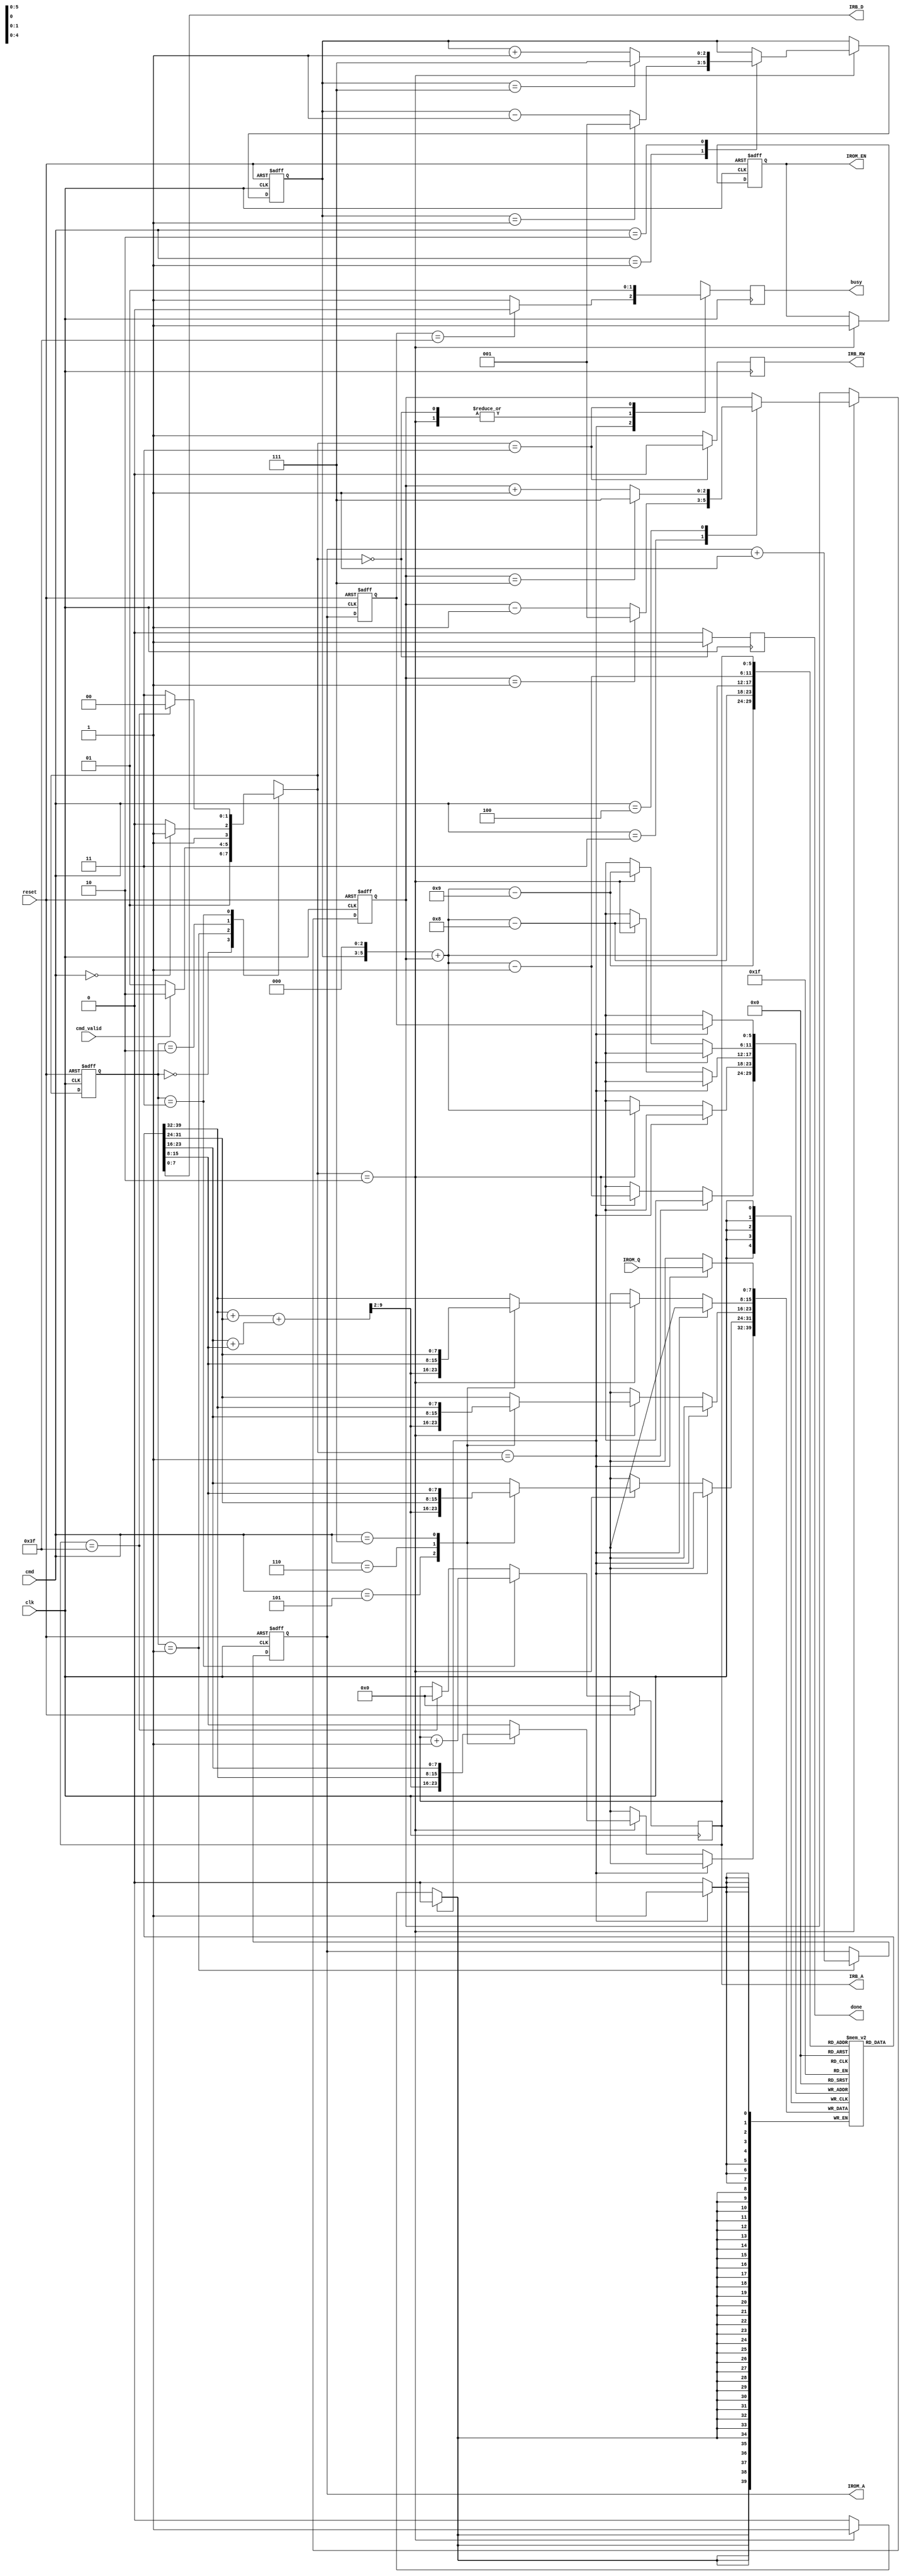
module LCD_CTRL(clk, reset, IROM_Q, cmd, cmd_valid, IROM_EN, IROM_A, IRB_RW, IRB_D, IRB_A, busy, done);
input clk;
input reset;
input [7:0] IROM_Q;
input [2:0] cmd;
input cmd_valid;
output reg IROM_EN;
output reg [5:0] IROM_A;
output reg IRB_RW;
output [7:0] IRB_D;
output reg[5:0] IRB_A;
output reg busy;
output reg done;

parameter finish=2'b00,
          load=2'b01,
          work=2'b10,
          write=2'b11;

reg [1:0] cur_st,nxt_st;
reg [7:0] buffer [63:0];
reg [2:0] x,xreg;
reg [2:0] y,yreg;
reg [5:0] temp_a ;
wire [5:0] addr1,addr2,addr3,addr4;
wire [9:0] ave;
reg [7:0] data1,data2,data3,data4;
//wire n0,n1,n2,a2,a3;
//wire [2:0]wa;
//wire [2:0] xreg;
//wire[2:0] yreg;

always@(posedge clk or posedge reset)
  if(reset)
    cur_st<=load;
  else 
    cur_st<=nxt_st;
    

always@(*)
  case(cur_st)
    finish:nxt_st=load;
    load:begin
            if((cmd_valid==1))
              nxt_st=work;
            else 
              nxt_st=load;
         end
    work: nxt_st=(cmd==0)?write:work;
    write:nxt_st=(IRB_A==63)?finish:write;
  endcase
  
always@(posedge clk)
   case(nxt_st)
    finish:busy=0;
    load:if(temp_a==63)
			busy=0;
		 else busy=1;
    work:busy=0;
    write:busy=1;
   endcase  
    
always@(posedge clk or posedge reset)
  if(reset)
    IROM_EN<=0;
  else if(nxt_st==work)
	IROM_EN <= 1'd1;
    
always@(posedge clk or posedge reset)
  if(reset)
      temp_a <=0;
  else
      temp_a <= IROM_A ;
    
always@(posedge clk or posedge reset)
  if(reset)
	IROM_A<=0;
  else if(cur_st==load )
    IROM_A <= IROM_A + 1'd1;
       
 ///////-----write-----////////  
always@(posedge clk)
  if(nxt_st==write)
    IRB_RW<=0;
  else
    IRB_RW<=1;

assign IRB_D=buffer[IRB_A] ;
    
always@(posedge clk)
  if(nxt_st==finish)
    done<=1;
  else 
    done<=0;  
     
always@(posedge clk)
  if(reset)
    IRB_A<=0;
  else if(cur_st==write)
    IRB_A<=IRB_A+1'd1;  
  else if(IRB_A==6'd63)
    IRB_A<=0;
///////////////////////////////
always@(posedge clk or posedge reset)
  begin
    if(reset)
     y<=3'd4;
    else if(nxt_st==work)
     y<=yreg;
  end
  
 always@(posedge clk or posedge reset)
  begin
    if(reset)
     x<=3'd4;
    else if(nxt_st==work)
     x<=xreg;
  end 
  
always@(*)
	case(cmd)
	3'd1:yreg=(y==1)?3'd1:y-1;//up
	3'd2:yreg=(y==7)?3'd7:y+1;//down
	default:yreg=y;
	endcase
	
always@(*)
	case(cmd)
	3'd3:xreg=(x==1)?3'd1:x-1;//left
	3'd4:xreg=(x==7)?3'd7:x+1;//right
	default:xreg=x;
	endcase	
	

  
/*always@(posedge clk or posedge reset)
  begin
    if(reset)	
     y<=3'd4;
    else if(nxt_st==work)
     y<=yreg;
  end
  
always@(posedge clk or posedge reset)
  begin
    if(reset)
     x<=3'd4;
    else if(nxt_st==work)
     x<=xreg;
  end
  

not not0(n0,cmd[0]);
not not1(n1,cmd[1]);
not not2(n2,cmd[2]);
and and1(wa[2],n2,cmd[0]);
and and2(a2,n2,n0,cmd[1]);
and and3(a3,cmd[2],n0,n1);
or or1(wa[0],wa[2],a2,a3);
assign wa[1]=wa[2];
		
always@(*)
	case(cmd)
	3'd1,3'd2:begin
				xreg=x;
				yreg=y+wa;
			  end
	3'd3,3'd4:begin
				xreg=x+wa;
				yreg=y;
			  end
	default:begin
				xreg=x;
				yreg=y;
		     end
    endcase*/
	
	
	
assign addr1=(y<<3)+x-6'd9;
assign addr2=(y<<3)+x-6'd8;
assign addr3=(y<<3)+x;
assign addr4=(y<<3)+x-1'd1;
assign ave=((buffer[addr1]+buffer[addr2])+(buffer[addr3]+buffer[addr4]))>>2 ;
  
		
always@(*)
  case(cmd)
    3'd5:
	    begin
            data1=(ave[7:0]);//AVE.
            data2=(ave[7:0]);
            data3=(ave[7:0]);
            data4=(ave[7:0]);
        end
    3'd6:
		begin
            data1=buffer[addr4];//MIRR. X
            data4=buffer[addr1];
            data3=buffer[addr2];
            data2=buffer[addr3];
        end
    3'd7:
		begin
            data1=buffer[addr2];//MIRR. Y
            data2=buffer[addr1];
            data3=buffer[addr4];
            data4=buffer[addr3]; 
         end
	default:
		begin
            data1=buffer[addr1];
            data2=buffer[addr2];
            data3=buffer[addr3];
            data4=buffer[addr4]; 
         end
    endcase
 
    
   

always@(posedge clk)
  if(nxt_st==load)
      buffer[temp_a]<=IROM_Q; 
  else if(nxt_st==work)
	begin
        buffer[addr1]<=data1;
        buffer[addr2]<=data2;
        buffer[addr3]<=data3;
        buffer[addr4]<=data4; 
      end
 
    

	  
endmodule